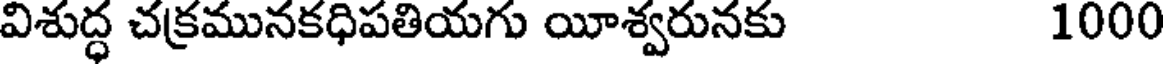
విశుద్ధ చక్రమునకధిపతియగు యీశ్వరునకు 1000